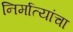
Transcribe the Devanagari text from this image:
निर्मात्यांचा